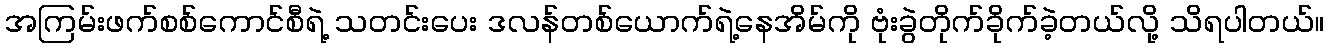
အကြမ်းဖက်စစ်ကောင်စီရဲ့ သတင်းပေး ဒလန်တစ်ယောက်ရဲ့နေအိမ်ကို ဗုံးခွဲတိုက်ခိုက်ခဲ့တယ်လို့ သိရပါတယ်။